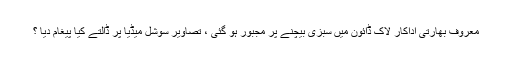
معروف بھارتی اداکار لاک ڈائون میں سبزی بیچنے پر مجبور ہو گئی ، تصاویر سوشل میڈیا پر ڈالتے کیا پیغام دیا ؟